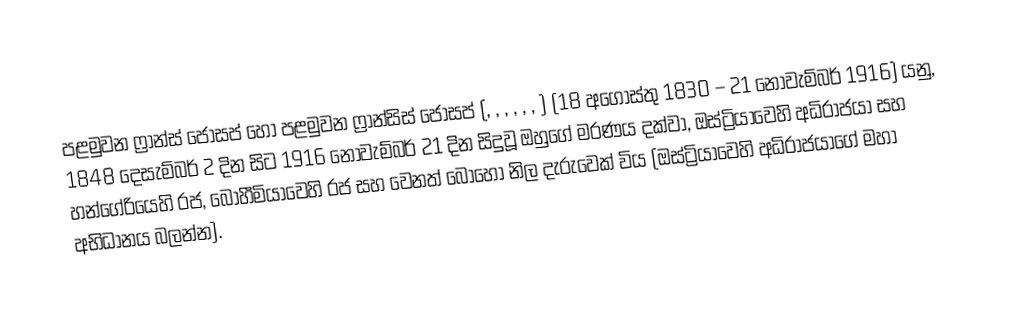
පළමුවන ෆ්‍රාන්ස් ජෝසප් හෝ  පළමුවන ෆ්‍රාන්සිස් ජෝසප් (, , , , , , ) (18 අගෝස්තු 1830 – 21 නොවැම්බර් 1916) යනු,  1848 දෙසැම්බර් 2 දින සිට 1916 නොවැම්බර් 21 දින සිදුවූ ඔහුගේ මරණය දක්වා, ඔස්ට්‍රියාවෙහි අධිරාජයා සහ   හන්ගේරියෙහි රජ, බොහීමියාවෙහි රජ සහ වෙනත් බොහෝ නිල දැරුවෙක් විය (ඔස්ට්‍රියාවෙහි අධිරාජයාගේ මහා අභිධානය බලන්න).